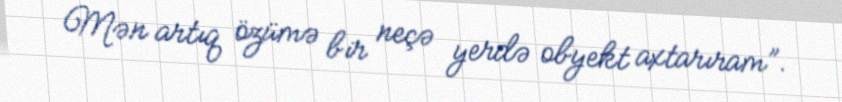
Mən artıq özümə bir neçə yerdə obyekt axtarıram”.